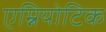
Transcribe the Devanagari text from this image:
एम्नियोटिक